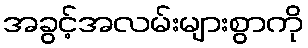
အခွင့်အလမ်းများစွာကို